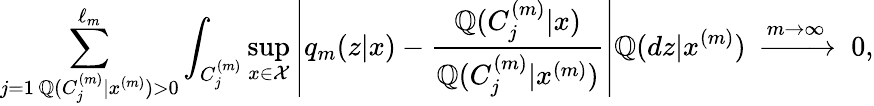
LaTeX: \sum_{\substack{j=1\, \mathbb{Q}(C_{j}^{(m)}|x^{(m)})>0}}^{\ell_{m}}\int_{C_{j}^{(m)}}\operatorname*{sup}_{x\in\mathcal{X}}\left|q_{m}(z|x)-\frac{{\mathbb{Q}(C_{j}^{(m)}|x)}}{{\mathbb{Q}(C_{j}^{(m)}|x^{(m)})}}\right|\mathbb{Q}(dz|x^{(m)})\; \xrightarrow{{m\to\infty}}{\;} 0,